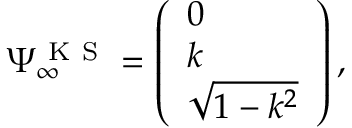
\Psi _ { \infty } ^ { \mathrm { ~ K ~ S ~ } } = \left( \begin{array} { l } { 0 } \\ { k } \\ { \sqrt { 1 - k ^ { 2 } } } \end{array} \right) ,